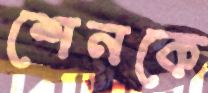
শেনকে